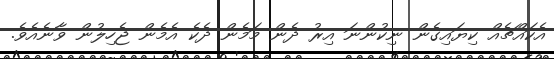
އެކައްޗެއް ކިޔައިގެން ނިކުންނަ އިރު ދެން މަމެން ދެކެ އެމެން ޖެހިލުން ވާނެއެވެ.